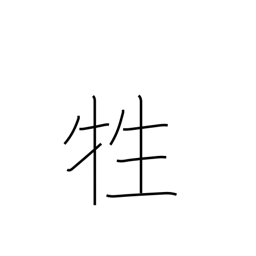
Meaning: animal sacrifice